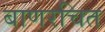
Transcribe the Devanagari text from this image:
बाणरचित